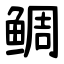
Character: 鲷